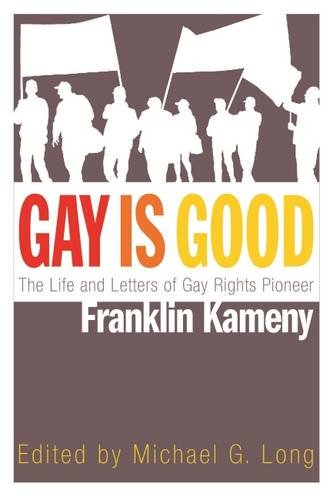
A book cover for Gay is Good: The Life and Letters of Gay Rights Pioneer Franklin Kameny; Gay & Lesbian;